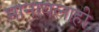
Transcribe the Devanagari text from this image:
मानायलाही